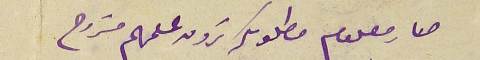
صار معلوم مطلوبكم ترون علمهم مشروح